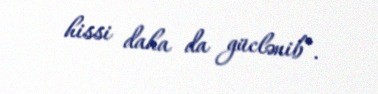
hissi daha da güclənib”.